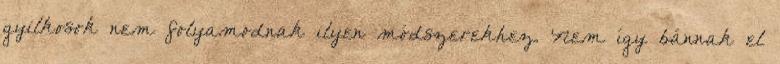
gyilkosok nem folyamodnak ilyen módszerekhez. Nem így bánnak el